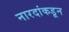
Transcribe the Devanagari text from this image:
नारदांकडून